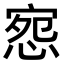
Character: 惌